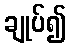
ချုပ်၍